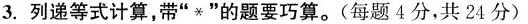
3.列递等式计算，带”*”的题要巧算。(每题4分，共24分)